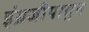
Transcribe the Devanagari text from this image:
इंग्रजीपासुन